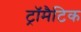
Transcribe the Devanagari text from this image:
ट्रॉमैटिक